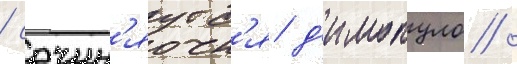
/ сочин'яутс'я д'имопуло /